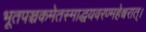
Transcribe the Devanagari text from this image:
भूतपञ्चकमेतस्माद्धयवरण्महेश्वरात्।